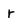
Character: r